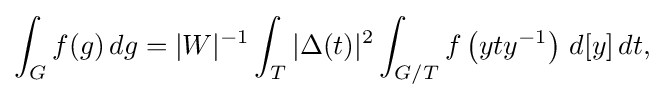
\displaystyle {\int _{G}f(g)\,dg=|W|^{-1}\int _{T}|\Delta (t)|^{2}\int _{G/T}f\left(yty^{-1}\right)\,d[y]\,dt,}